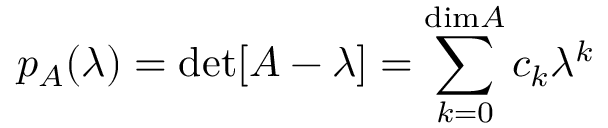
p _ { A } ( \lambda ) = \operatorname* { d e t } [ A - \lambda ] = \sum _ { k = 0 } ^ { \mathrm { d i m } A } c _ { k } \lambda ^ { k }